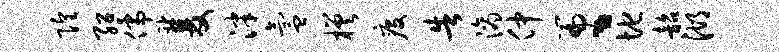
隍绍儒双泮氲槎疫告滴仲篇丶地韶湖